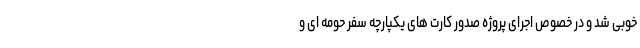
خوبی شد و در خصوص اجرای پروژه صدور کارت های یکپارچه سفر حومه ای و